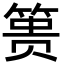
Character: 篑